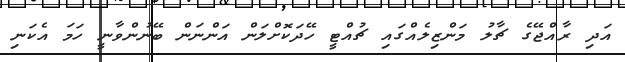
އަދި ރާއްޖޭގެ ޗާލު މަންޒިލެއްގައި ޗުއްޓީ ހޭދަކޮށްލަން އަންނަން ބޭނުންވާނީ ހަމަ އެކަނި